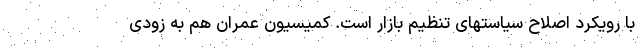
با رویکرد اصلاح سیاستهای تنظیم بازار است. کمیسیون عمران هم به زودی